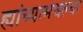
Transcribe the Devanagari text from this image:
ह्यांच्यामधल्या